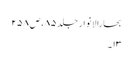
بحارالانوار جلد ۸۵، ص ۲۵۸
۱۳۔